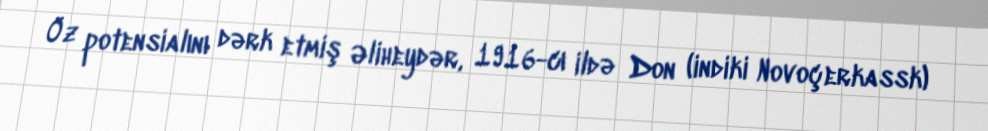
Öz potensialını dərk etmiş Əliheydər, 1916-cı ildə Don (indiki Novoçerkassk)